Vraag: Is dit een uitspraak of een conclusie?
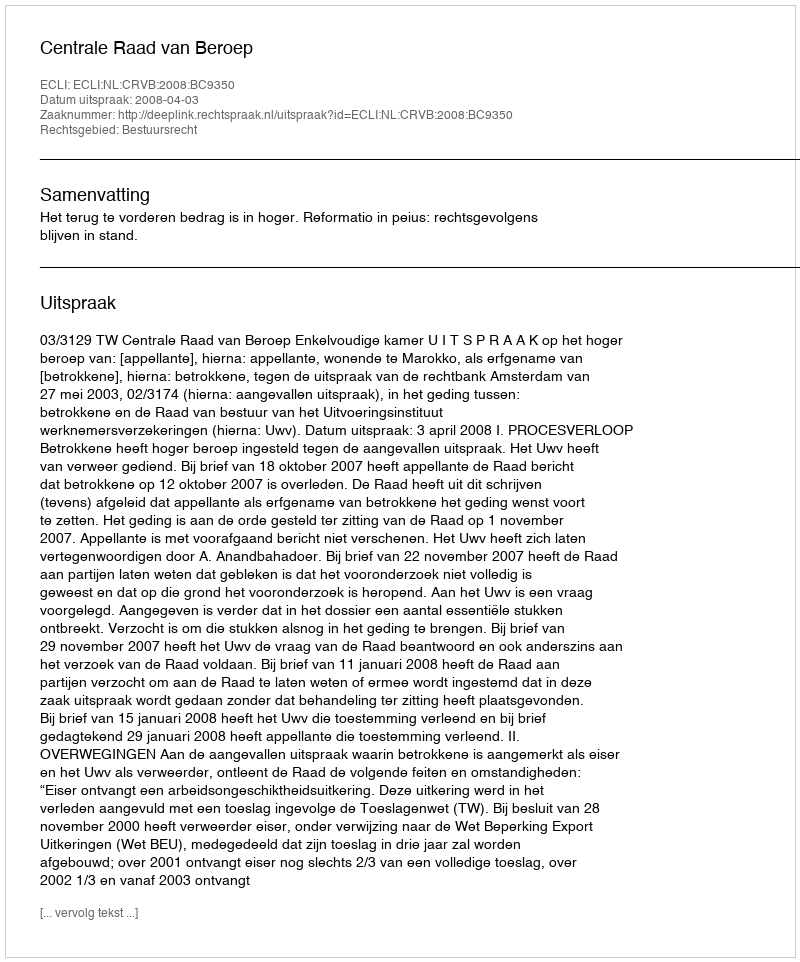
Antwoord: Uitspraak